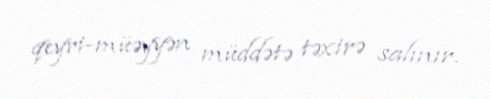
qeyri-müəyyən müddətə təxirə salınır.